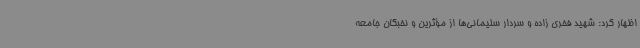
اظهار کرد: شهید فخری زاده و سردار سلیمانی‌ها از مؤثرین و نخبگان جامعه